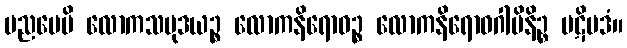
ပညပေမိ လောကသမုဒယဉ္စ လောကနိရောဓဉ္စ လောကနိရောဓဂါမိနိဉ္စ ပဋိပဒံ။